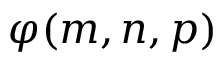
\varphi ( m , n , p )